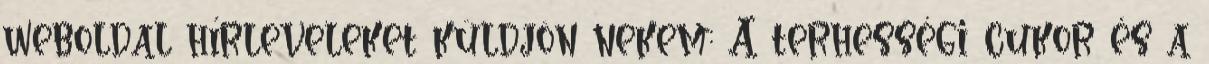
weboldal hírleveleket küldjön nekem: A terhességi cukor és a